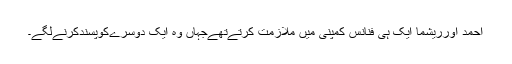
احمد اورریشما ایک ہی فنانس کمپنی میں ملازمت کرتےتھےجہاں وہ ایک دوسرےکوپسندکرنےلگے۔